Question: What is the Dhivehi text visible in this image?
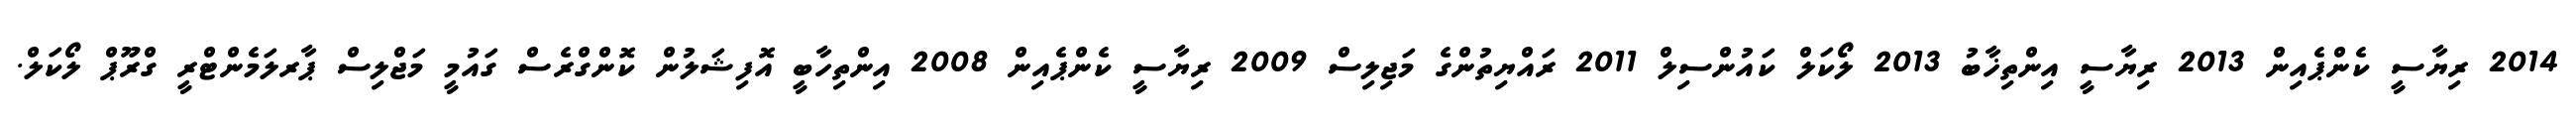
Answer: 2014 ރިޔާސީ ކެންޕެއިން 2013 ރިޔާސީ އިންތިޚާބު 2013 ލޯކަލް ކައުންސިލް 2011 ރައްޔިތުންގެ މަޖިލިސް 2009 ރިޔާސީ ކެންޕެއިން 2008 އިންތިހާބީ އޮފިޝަލުން ކޮންގްރެސް ގައުމީ މަޖްލިސް ޕާރލަމެންޓްރީ ގްރޫޕް ލޯކަލް.